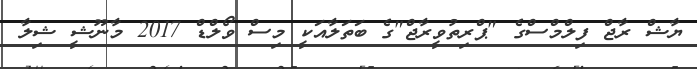
ޔާޝް ރާޖް ފިލްމްސްގެ "ޕްރިތުވީރާޖް"ގެ ބަތަލާއަކީ މިސް ވޯލްޑް 2017 މާނޫޝީ ޝިލާ